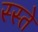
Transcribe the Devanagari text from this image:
स्स्ते